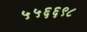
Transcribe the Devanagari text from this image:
५५६६९८